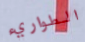
الطواريء